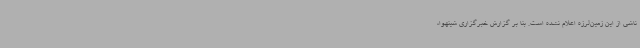
ناشی از این زمین‌لرزه اعلام نشده است. بنا بر گزارش خبرگزاری شینهوا،